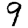
Digit: 9